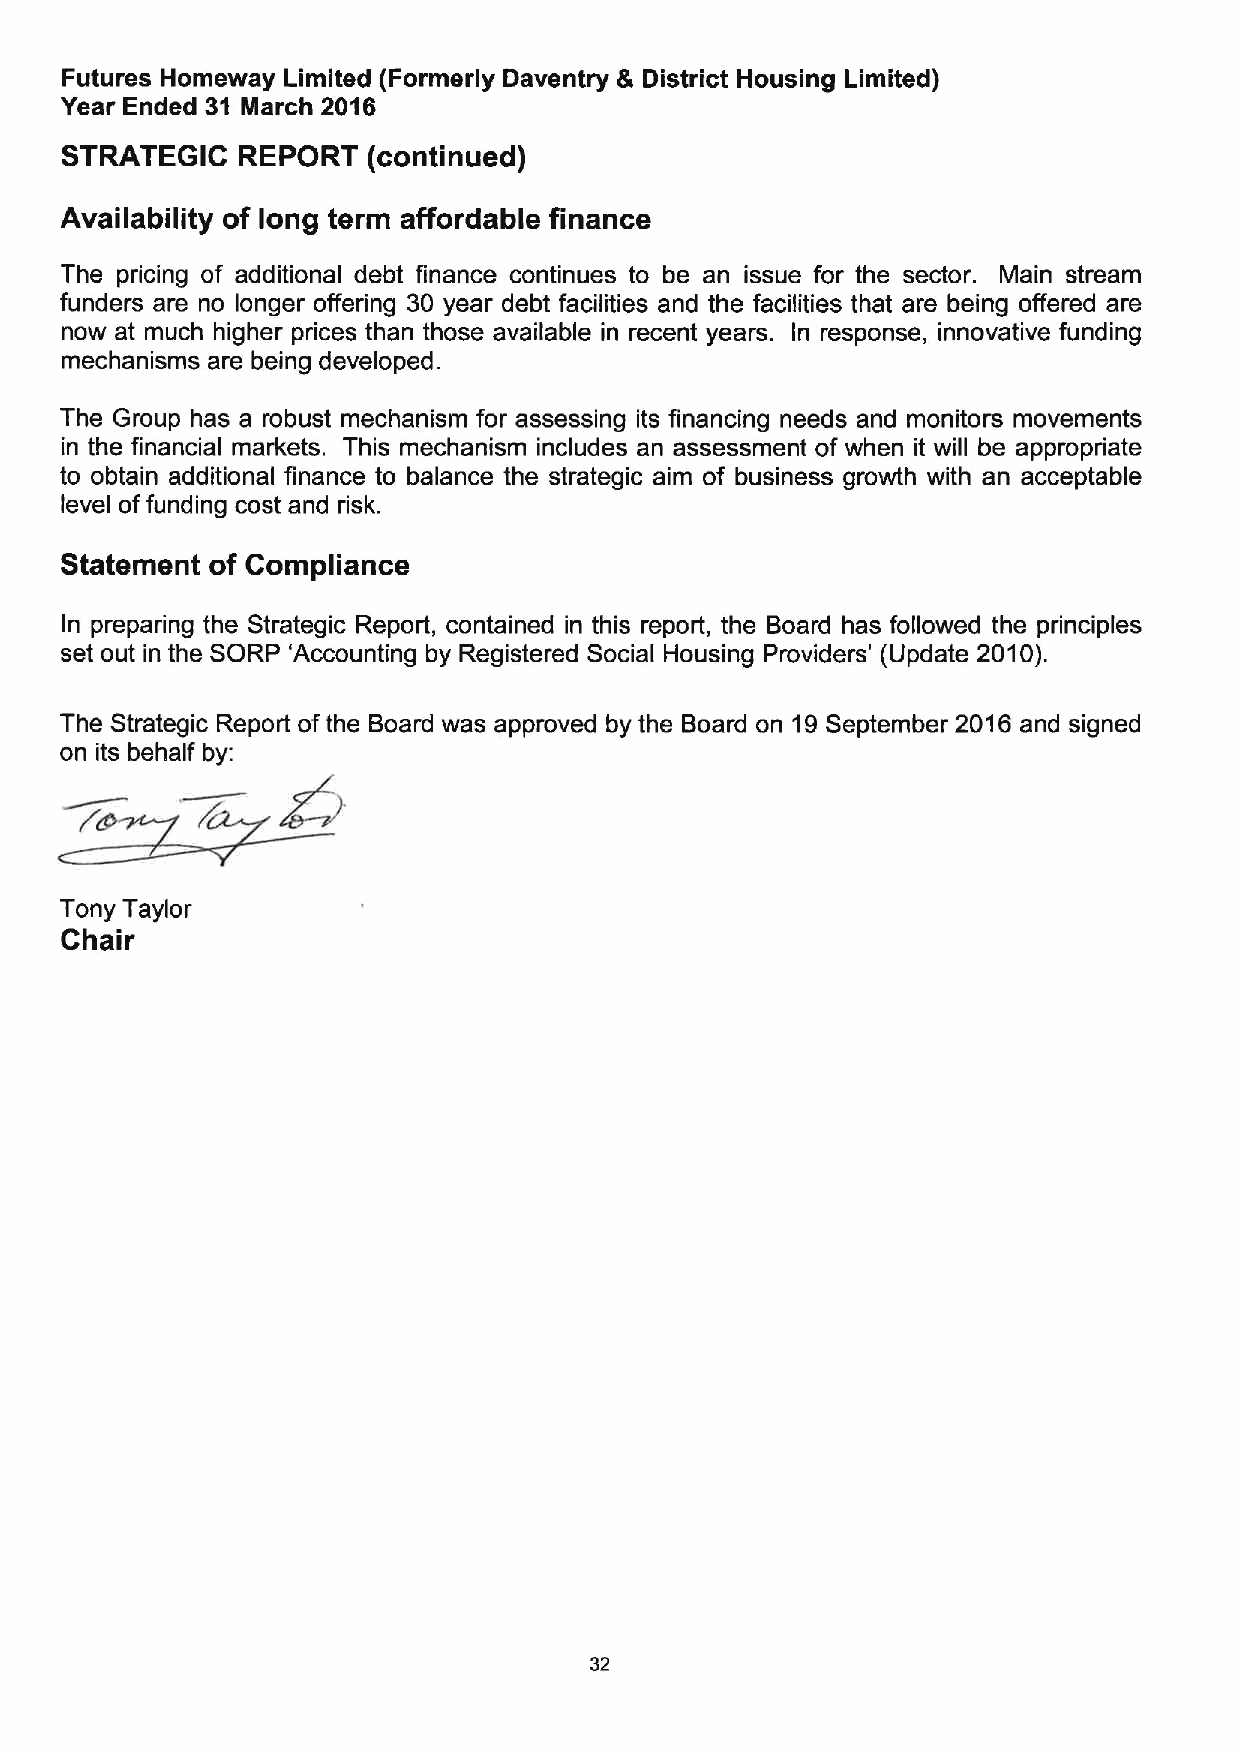
Futures Homeway Limited (Formerly Daventry & District Housing Limited)
 Year Ended 31 March 2016
 STRATEGIC   REPORT  (continued)
 Availability of long term affordable finance
 The pricing of additional debt finance continues to be an issue for the sector. Main stream
 funders are no longer offering 30 year debt facilities and the facilities that are being offered are
 now at much higher prices than those available in recent years. In response, innovative funding
 mechanisms are being developed.
 The Group has a robust mechanism for assessing its financing needs and monitors movements
 in the financial markets. This mechanism includes an assessment of when it will be appropriate
 to obtain additional finance to balance the strategic aim of business growth with an acceptable
 level offunding cost and risk.
 Statement of Compliance
 In preparing the Strategic Report, contained in this report, the Board has followed the principles
 set out in the SORP 'Accounting by Registered Social Housing Providers' (Update 2010).
 The Strategic Report ofthe Board was approved by the Board on 19September 2016 and signed
 on its behalf by:
 Tony Taylor
 Chair
 32